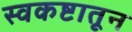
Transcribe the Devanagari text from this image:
स्वकष्टातून